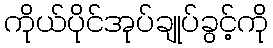
ကိုယ်ပိုင်အုပ်ချုပ်ခွင့်ကို